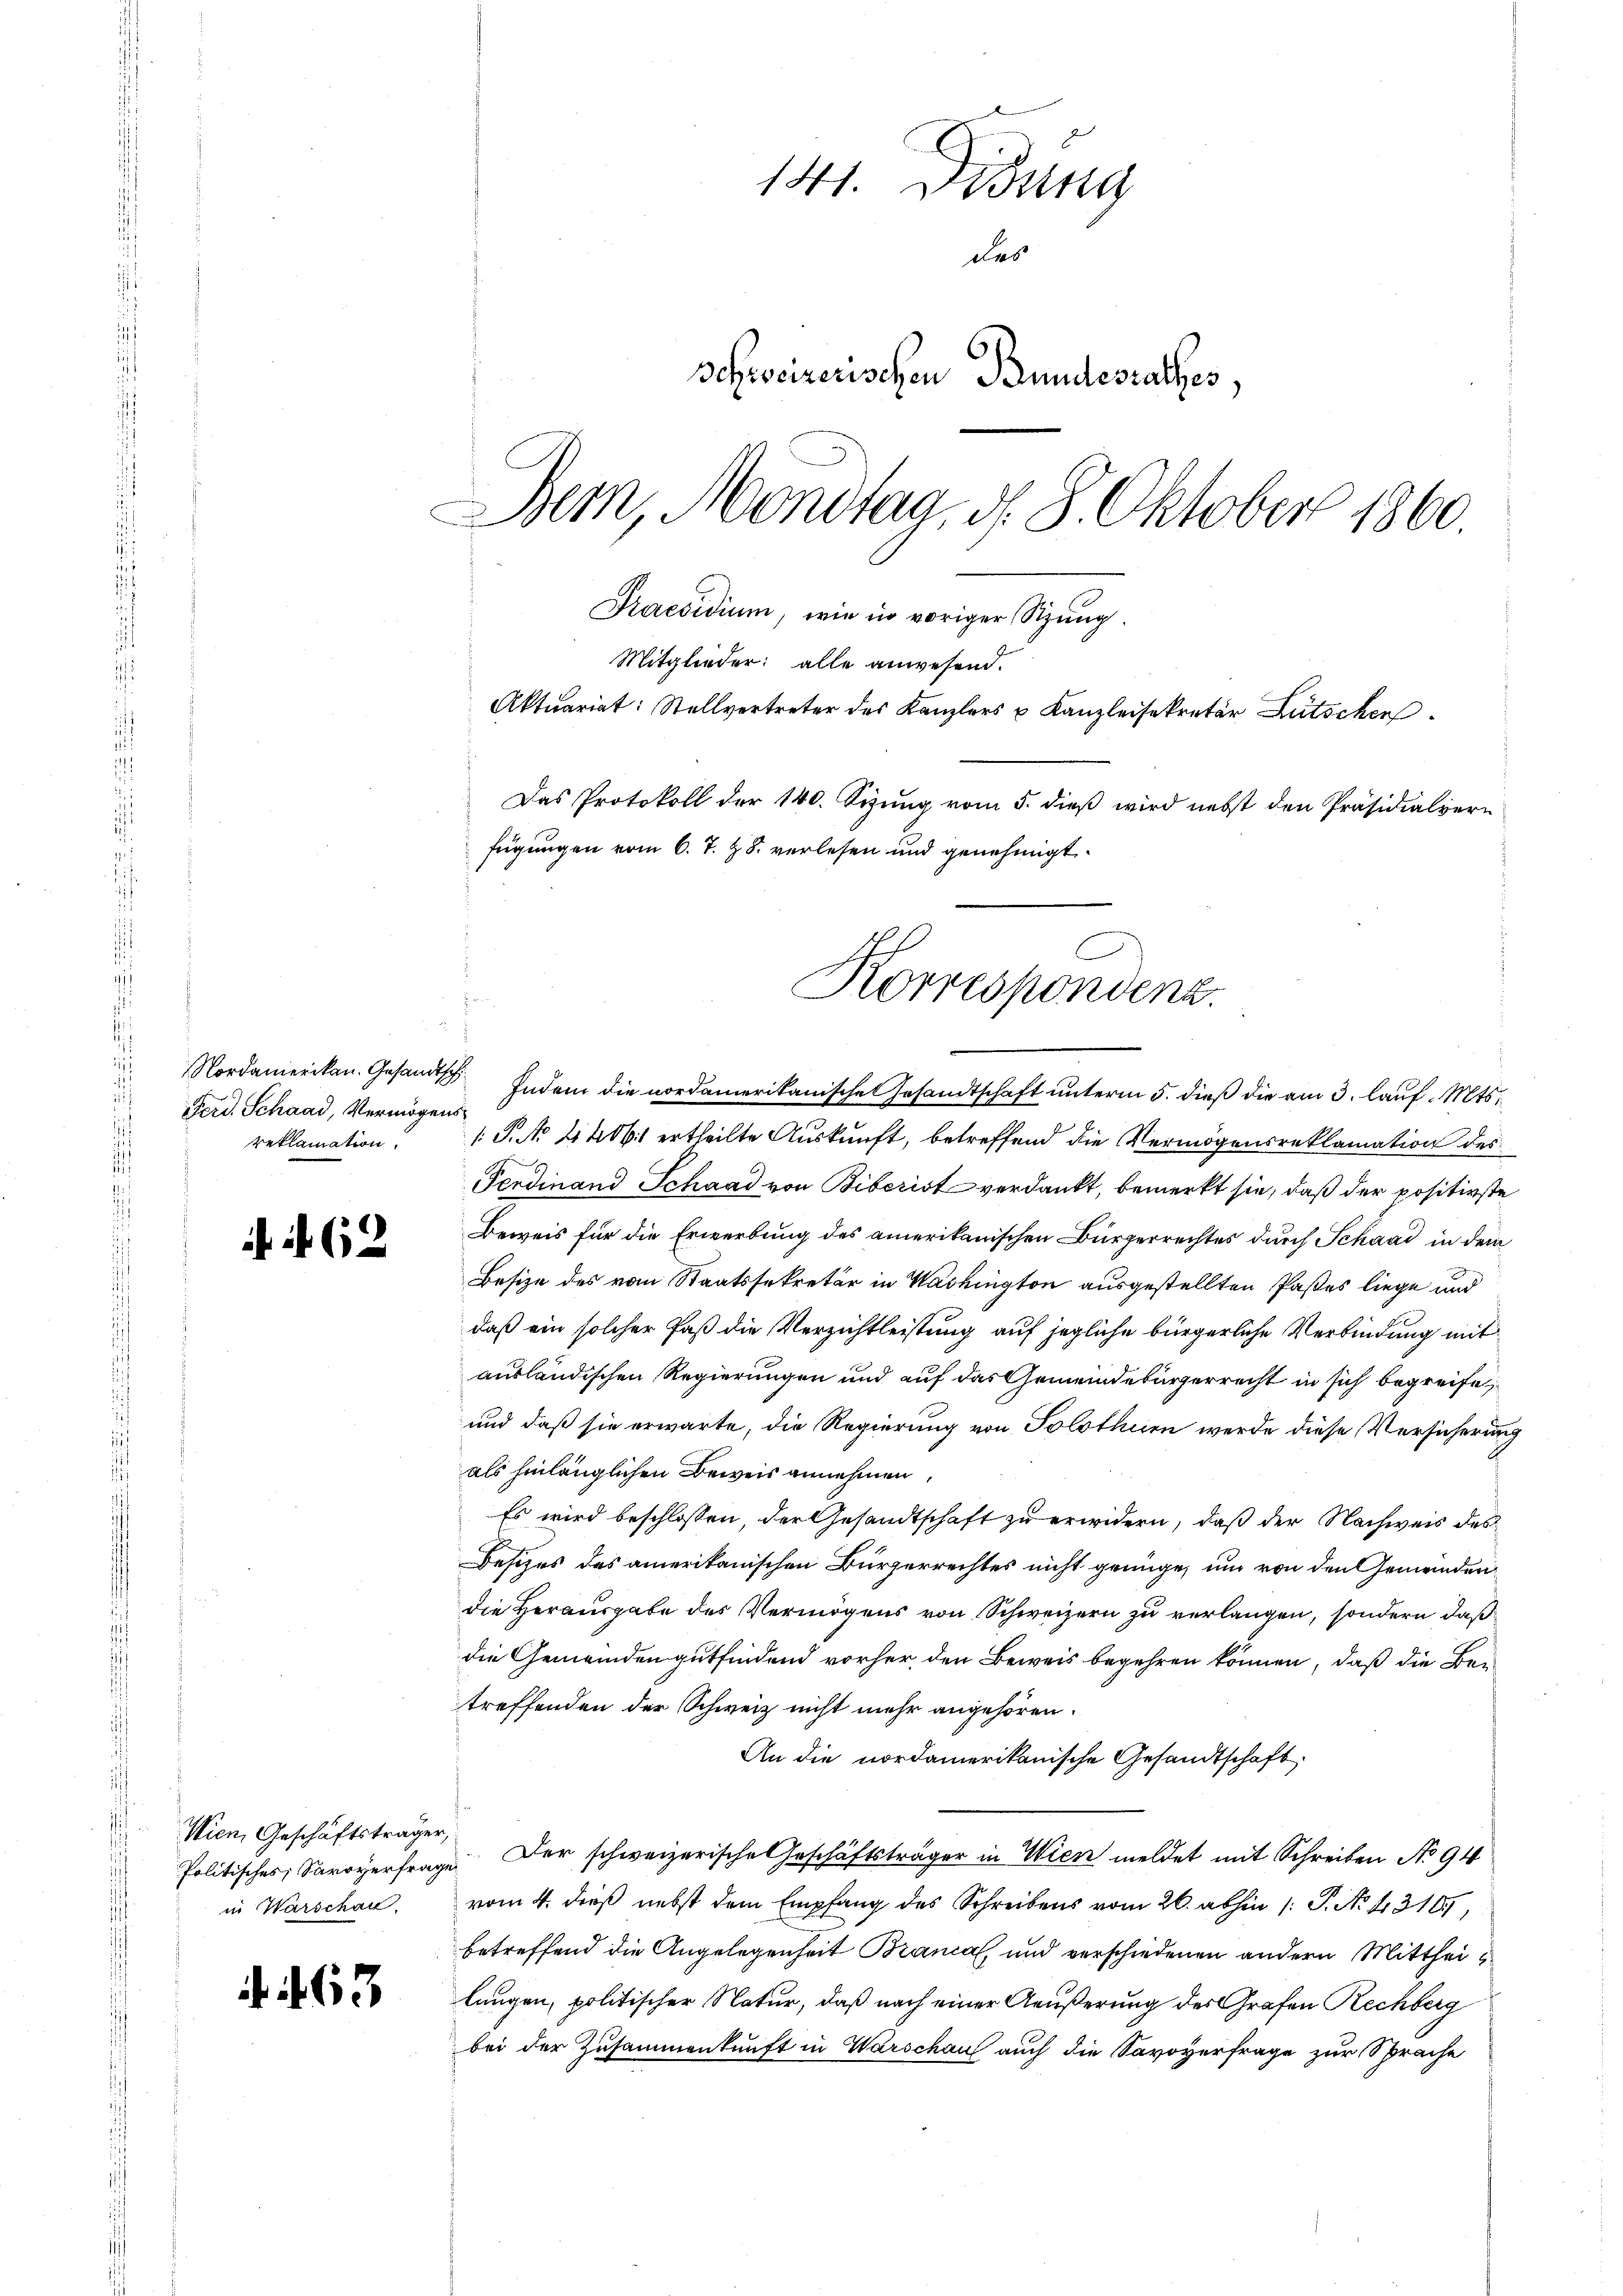
Ferd. Schaad, Vermögensreklamation

62

Politisches, Savoyerfrage
in Warschau

i

463

141. Didung
des
Schreizerischen Bundesrathes,
Bem, Mondtag, d. 8. Oktober 1860.
Praesidium, wie in voriger Sizung.
Mitglieder: alle anwesend.
Aktuariat: Stellvertreter des Kanzlers u Kanzleisekretär Lütschen
Das Protokoll der 140. Sizung vom 5. dieß wird nebst den Präsidialgern
fügungen vom 6. T. z. B. verlesen und genehmigt

Nordamerikan. Gesandtsch Indem die nordamerikanische Gesandtschaft unterm 5. dieß die am 3. lauf. Mts.
1.P. No 4406. ertheilte Auskunft, betreffend die Vermögensreklamation des
Ferdinand Schaad von Biberist verdankt, bemerkt sie, daß der positivste
Beweis für die Erwerbung des amerikanischen Bürgerrechtes durch Schaad in dem
Besize des vom Staatssekretär in Washington ausgestellten Paßes liege und
daß ein solcher Paß die Verzichtleistung auf jegliche bürgerliche Verbindung mit
ausländischen Regierungen und auf das Gemeindebürgerrecht in sich begreife
und daß sie erwarte, die Regierung von Solothur werde diese Versicherung
als hinlänglichen Beweis annehmen,
Es wird beschlossen, der Gesandtschaft zu erwidern, daß der Nachweis des
Besizes des amerikanischen Bürgerrechtes nicht genüge, um von den Gemeinden
die Herausgabe des Vermögens von Schweizern zu verlangen, sondern, daß
die Gemeinden gutfindend vorher den Beweis begehren können, daß die Be-
treffenden der Schweiz nicht mehr angehören.
An die nordamerikanische Gesandtschaft.
Wien, Geschäftsträger Der schweizerische Geschäftsträger in Wiene meldet mit Schreiben No 94
vom 4. dieß nebst dem Empfang des Schreibens vom 26. abhin /: P. No. 43105,
betreffend die Angelegenheit Branal, und verschiedenen andern Mittheilungen, politischer Natur, daß nach einer Aeußerung des Grafen Rechberg
bei der Zusammenkunft in Warschau auch die Savoyerfrage zur Sprache

Korrespondenz.